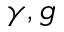
\gamma , g